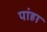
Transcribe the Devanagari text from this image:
पांहा